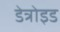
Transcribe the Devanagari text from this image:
डेत्रोइड